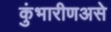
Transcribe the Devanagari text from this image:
कुंभारीणअसे